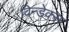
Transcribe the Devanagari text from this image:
विन्डेक्स